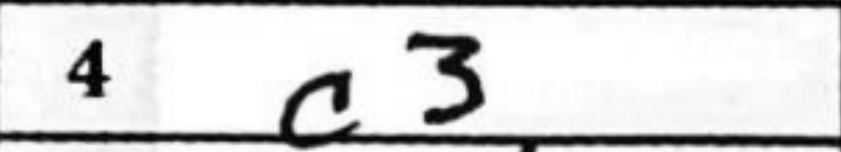
Transcription: c3